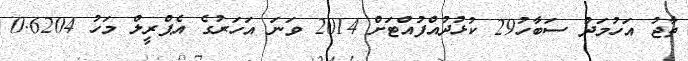
ތާޖު އަހުމަދު ސަބާހު29 ކުޅުދުއްފުއްޓަށް 2014 ވަނަ އަހަރުގެ އެޕްރީލް މަހު 0.6204